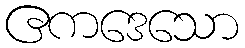
ဧကဒေသော